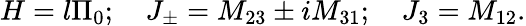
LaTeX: H=l\Pi_{0};\quad J_{\pm}=M_{23}\pm iM_{31};\quad J_{3}=M_{12}.